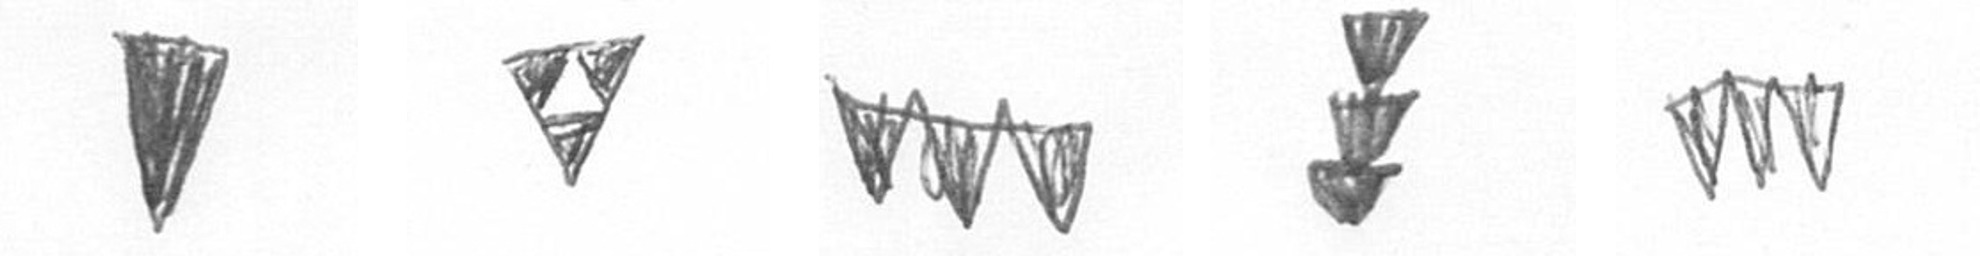
J S L E L